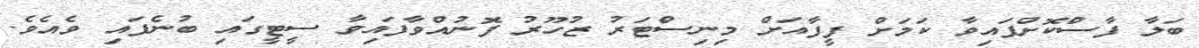
ބަލާ ފާސްކޮށްފައިވާ ކަމަށް ފީފާއަށް މިނިސްޓަރު ޒުހޫރު ފޮނުއްވާފައިވާ ސީޓީގައި ބުނެފައި ވެއެވެ.